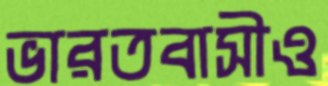
ভারতবাসীও